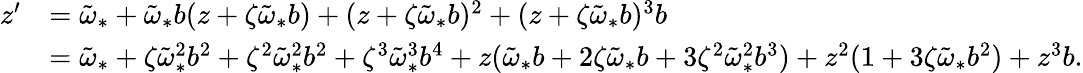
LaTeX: \begin{array}{rl}{z^{\prime}}&{=\tilde{\omega}_{*}+\tilde{\omega}_{*}b(z+\zeta\tilde{\omega}_{*}b)+(z+\zeta\tilde{\omega}_{*}b)^{2}+(z+\zeta\tilde{\omega}_{*}b)^{3}b}\\ &{=\tilde{\omega}_{*}+\zeta\tilde{\omega}_{*}^{2}b^{2}+\zeta^{2}\tilde{\omega}_{*}^{2}b^{2}+\zeta^{3}\tilde{\omega}_{*}^{3}b^{4}+z(\tilde{\omega}_{*}b+2\zeta\tilde{\omega}_{*}b+3\zeta^{2}\tilde{\omega}_{*}^{2}b^{3})+z^{2}(1+3\zeta\tilde{\omega}_{*}b^{2})+z^{3}b.}\end{array}